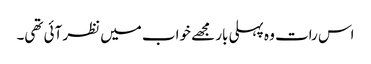
اس رات وہ پہلی بار مجھے خواب میں نظر آئی تھی۔